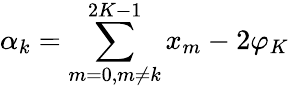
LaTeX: \alpha_{k}=\sum_{m=0,m\neq k}^{2K-1}x_{m}-2\varphi_{K}